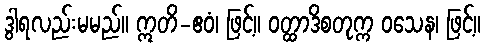
ဒွါရလည်းမမည်။ ဣတိ-ဧဝံ၊ ဖြင့်။ ဝတ္ထာဒိစတုက္က ဝသေန၊ ဖြင့်။